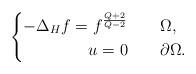
LaTeX: \begin{align*} \begin{cases} -\Delta_H f=f^{\frac{Q+2}{Q-2}}&\Omega,\\ ~~~~~~~~~~~~ u=0\quad&\partial\Omega. \end{cases}\end{align*}